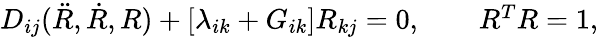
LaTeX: \begin{array}{r}{D_{ij}(\ddot{R},\dot{R},R)+[\lambda_{ik}+G_{ik}]R_{kj}=0,\qquad R^{T}R=1,}\end{array}